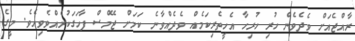
ރާއްޖެއަށް ވެދެވެން ހުރި ހުރިހާ އެހީތެރިކަމެއް ވެދެއްވާނެ ކަމަށް ޖޭމްސް ފާހަގަކުރެއްވެވިއެވެ. މީގެ